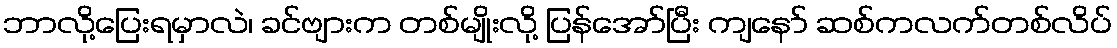
ဘာလို့ပြေးရမှာလဲ၊ ခင်ဗျားက တစ်မျိုးလို့ ပြန်အော်ပြီး ကျနော် ဆစ်ကလက်တစ်လိပ်